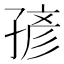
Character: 𰌭